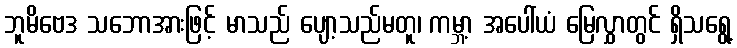
ဘူမိဗေဒ သဘောအားဖြင့် မာသည် ပျော့သည်မတူ၊ ကမ္ဘာ့ အပေါ်ယံ မြေလွှာတွင် ရှိသရွေ့